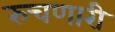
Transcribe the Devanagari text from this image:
रुचणारी